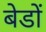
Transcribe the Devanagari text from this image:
बेडों